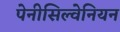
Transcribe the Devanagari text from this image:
पेनीसिल्वेनियन